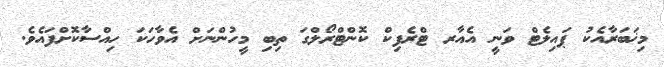
މިޚަބަރާއެކު ޕައިލެޓް ވަނީ އެއާރ ޓްރެފިކް ކޮންޓްރޯލްގަ ތިބި މީހުންނަށް އެވާހަކަ ހިއްސާކޮށްފައެވެ.